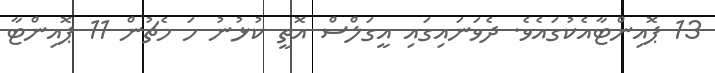
13 ޕޮއިންޓާއެކުގައެވެ. ދެވަނައިގައި އީގަލްސް އޮތީ ކުޅުނު ހަ މެޗުން 11 ޕޮއިންޓާ